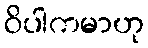
ဝိပါကမာဟု